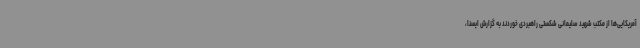
آمریکایی‌ها از مکتب شهید سلیمانی شکستی راهبردی خوردند به گزارش ایسنا،